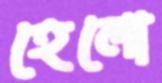
হেলো